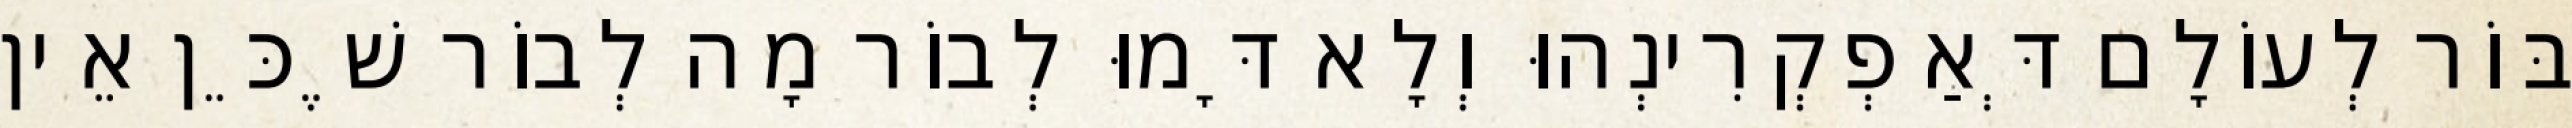
בּוֹר לְעוֹלָם דְּאַפְקְרִינְהוּ וְלָא דָּמוּ לְבוֹר מָה לְבוֹר שֶׁכֵּן אֵין